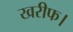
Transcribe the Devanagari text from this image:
खरीफ।